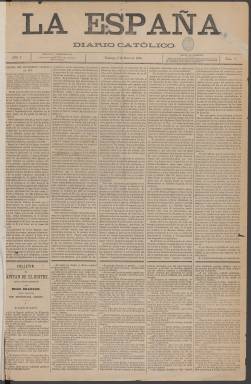
Título: La España (Madrid. 1876)
Colección: Periódicos
Ámbito geográfico: Madrid
Lugar de publicación: Madrid
Fechas: 02/01/1876-11/06/1878